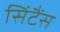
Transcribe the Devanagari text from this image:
सिंटैंस